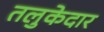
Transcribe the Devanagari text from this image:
तलुकेदार